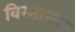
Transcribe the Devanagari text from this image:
विस्तारन